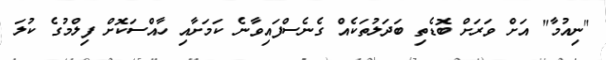
"ނިއުމާ" އަށް ވަރަށް ބޮޑެތި ބަދަލުތަކެއް ގެނެސްފައިވާނެ ކަމަށާއި ހާއްސަކޮށް ފިލްމުގެ ކުލަ